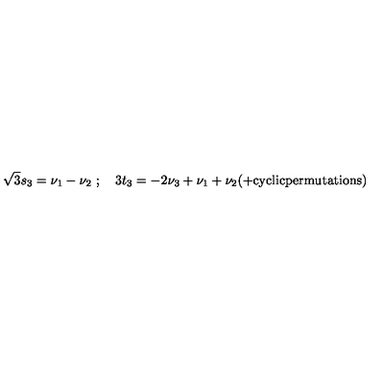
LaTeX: { \sqrt 3 } s _ { 3 } = \nu _ { 1 } - \nu _ { 2 } \ ; \quad 3 t _ { 3 } = - 2 \nu _ { 3 } + \nu _ { 1 } + \nu _ { 2 } ( + \mathrm { c y c l i c p e r m u t a t i o n s } )